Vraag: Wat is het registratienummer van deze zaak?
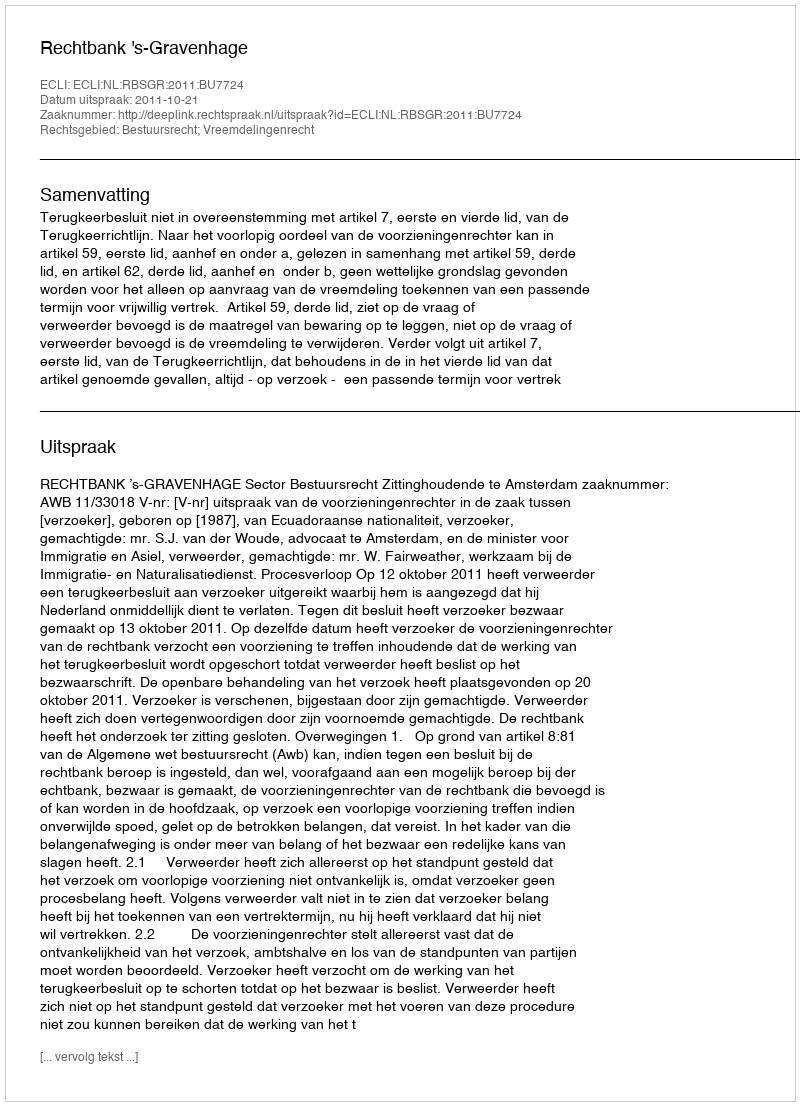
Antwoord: http://deeplink.rechtspraak.nl/uitspraak?id=ECLI:NL:RBSGR:2011:BU7724